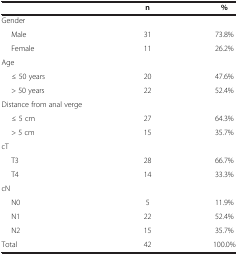
|  | n | % |
 | --- | --- | --- |
 | Gender |  |  |
 | Male | 31 | 73.8% |
 | Female | 11 | 26.2% |
 | Age |  |  |
 | ≤ 50 years | 20 | 47.6% |
 | > 50 years | 22 | 52.4% |
 | Distance from anal verge |  |  |
 | ≤ 5 cm | 27 | 64.3% |
 | > 5 cm | 15 | 35.7% |
 | cT |  |  |
 | T3 | 28 | 66.7% |
 | T4 | 14 | 33.3% |
 | cN |  |  |
 | N0 | 5 | 11.9% |
 | N1 | 22 | 52.4% |
 | N2 | 15 | 35.7% |
 | Total | 42 | 100.0% |